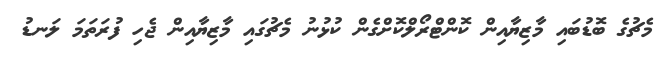
މެޗުގެ ބޮޑުބައި މާޒިޔާއިން ކޮންޓްރޯލްކޮށްގެން ކުޅުނު މެޗުގައި މާޒިޔާއިން ޖެހި ފުރަތަމަ ލަނޑު